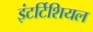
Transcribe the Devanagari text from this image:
इंटर्टिशियल